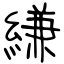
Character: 縑